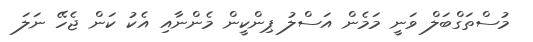
މުސްތަގްބަލް ވަނީ މަމެން އަސްލު ޕިންކީން މެންނާއި އެކު ކަން ޖެހޭ ނަލަ